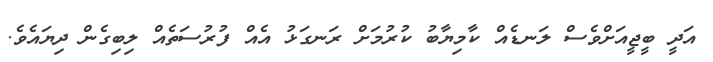
އަދީ ބީޖީއަށްވެސް ލަނޑެއް ކާމިޔާބު ކުރުމަށް ރަނގަޅު އެއް ފުރުސަތެއް ލިބިގެން ދިޔައެވެ.